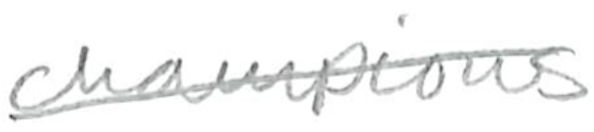
Text: champions
Cross-out: diagonal
Writing tool: pencil